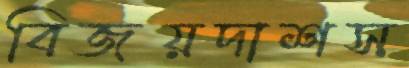
বিজয়দাশস